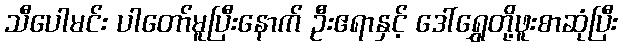
သီပေါမင်း ပါတော်မူပြီးနောက် ဦးဧရာနှင့် ဒေါ်ရွှေတို့ဖူးစာဆုံပြီး